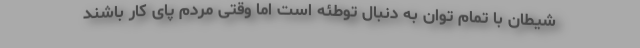
شیطان با تمام توان به دنبال توطئه است اما وقتی مردم پای کار باشند